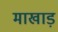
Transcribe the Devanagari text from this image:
माखाड़